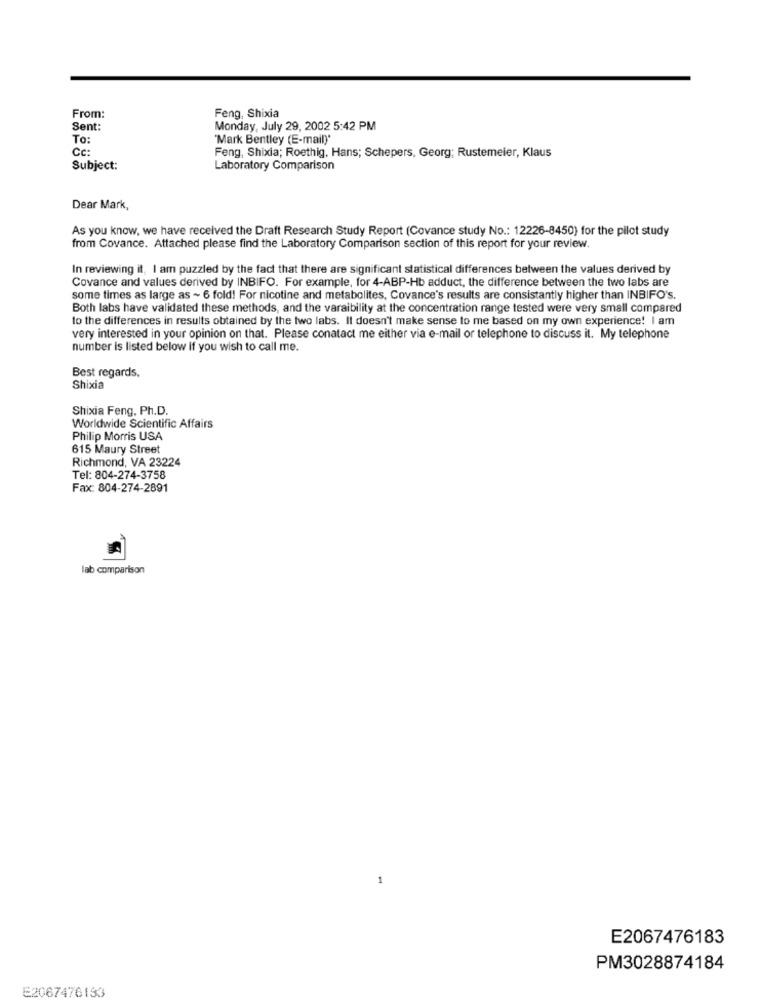
Feng. Shixia
From:
Sent:
Monday, July 29, 2002 5:42 PM
To:
Mark Bentley (E-mail)'
Cc:
Feng, Shixia; Roethig, Hans; Schepers, Georg; Rustemeier, Klaus
Subject:
Laboratory Comparison
Dear Mark,
As you know, we have received the Draft Research Study Report (Covance study No .: 12226-8450) for the pilot study
from Covance. Attached please find the Laboratory Comparison section of this report for your review.
In reviewing it, I am puzzled by the fact that there are significant statistical differences between the values derived by
Covance and values derived by INBIFO. For example, for 4-ABP-Hb adduct, the difference between the two labs are
some times as large as ~ 6 fold! For nicotine and metabolites, Covance's results are consistantly higher than INBIFO's.
Both labs have validated these methods, and the varaibility at the concentration range tested were very small compared
to the differences in results obtained by the two labs. It doesn't make sense to me based on my own experience! I am
very interested in your opinion on that. Please contact me either via e-mail or telephone to discuss it. My telephone
number is listed below if you wish to call me.
Best regards,
Shixia
Shixia Feng, Ph.D.
Worldwide Scientific Affairs
Philip Morris USA
615 Maury Street
Richmond, VA 23224
Tel: 804-274-3758
Fax: 804-274-2891
lab comparison
E2067476183
PM3028874184
E2067476153